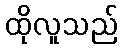
ထိုလူသည်